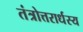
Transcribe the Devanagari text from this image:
तंत्रोत्तरार्धस्य